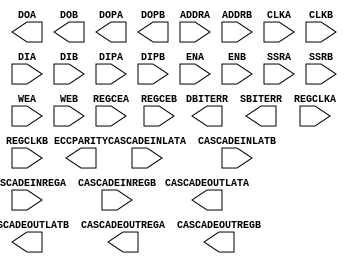
// $Header: /devl/xcs/repo/env/Databases/CAEInterfaces/xec_libs/data/unisims/ARAMB36_INTERNAL.v,v 1.3 2008/08/11 22:17:43 vandanad Exp $
///////////////////////////////////////////////////////////////////////////////
// Copyright (c) 1995/2006 Xilinx, Inc.
// All Right Reserved.
///////////////////////////////////////////////////////////////////////////////
//   ____  ____
//  /   /\/   /
// /___/  \  /    Vendor : Xilinx
// \   \   \/     Version : 8.2i
//  \   \         Description : This is not an user primitive.
//  /   /                  Xilinx Formal Verification Library Component 32K-Bit Data and 4K-Bit Parity Dual Port Block RAM.
// /___/   /\     Filename : ARAMB36_INTERNAL.v
// \   \  /  \    Timestamp : Thu Jun  8 14:38:01 PDT 2006
//  \___\/\___\
//
// Revision:
//    06/08/06 - Initial version.
// End Revision

`timescale 1 ps/1 ps

module ARAMB36_INTERNAL (CASCADEOUTLATA, CASCADEOUTLATB, CASCADEOUTREGA, CASCADEOUTREGB, DBITERR, DOA, DOB, DOPA, DOPB, ECCPARITY, SBITERR, 
			 ADDRA, ADDRB, CASCADEINLATA, CASCADEINLATB, CASCADEINREGA, CASCADEINREGB, CLKA, CLKB, DIA, DIB, DIPA, DIPB, ENA, ENB, REGCEA, REGCEB, REGCLKA, REGCLKB, SSRA, SSRB, WEA, WEB);

    parameter DOA_REG = 0;
    parameter DOB_REG = 0;
    parameter EN_ECC_READ = "FALSE";
    parameter EN_ECC_SCRUB = "FALSE";
    parameter EN_ECC_WRITE = "FALSE";
    parameter INIT_A = 72'h0;
    parameter INIT_B = 72'h0;
    parameter INIT_FILE = "NONE";
    parameter RAM_EXTENSION_A = "NONE";
    parameter RAM_EXTENSION_B = "NONE";
    parameter READ_WIDTH_A = 0;
    parameter READ_WIDTH_B = 0;
    parameter SETUP_ALL = 1000;
    parameter SETUP_READ_FIRST = 3000;
    parameter SIM_COLLISION_CHECK = "ALL";
    parameter SRVAL_A = 72'h0;
    parameter SRVAL_B = 72'h0;
    parameter WRITE_MODE_A = "WRITE_FIRST";
    parameter WRITE_MODE_B = "WRITE_FIRST";
    parameter WRITE_WIDTH_A = 0;
    parameter WRITE_WIDTH_B = 0;
    
    parameter INIT_00 = 256'h0000000000000000000000000000000000000000000000000000000000000000;
    parameter INIT_01 = 256'h0000000000000000000000000000000000000000000000000000000000000000;
    parameter INIT_02 = 256'h0000000000000000000000000000000000000000000000000000000000000000;
    parameter INIT_03 = 256'h0000000000000000000000000000000000000000000000000000000000000000;
    parameter INIT_04 = 256'h0000000000000000000000000000000000000000000000000000000000000000;
    parameter INIT_05 = 256'h0000000000000000000000000000000000000000000000000000000000000000;
    parameter INIT_06 = 256'h0000000000000000000000000000000000000000000000000000000000000000;
    parameter INIT_07 = 256'h0000000000000000000000000000000000000000000000000000000000000000;
    parameter INIT_08 = 256'h0000000000000000000000000000000000000000000000000000000000000000;
    parameter INIT_09 = 256'h0000000000000000000000000000000000000000000000000000000000000000;
    parameter INIT_0A = 256'h0000000000000000000000000000000000000000000000000000000000000000;
    parameter INIT_0B = 256'h0000000000000000000000000000000000000000000000000000000000000000;
    parameter INIT_0C = 256'h0000000000000000000000000000000000000000000000000000000000000000;
    parameter INIT_0D = 256'h0000000000000000000000000000000000000000000000000000000000000000;
    parameter INIT_0E = 256'h0000000000000000000000000000000000000000000000000000000000000000;
    parameter INIT_0F = 256'h0000000000000000000000000000000000000000000000000000000000000000;
    parameter INIT_10 = 256'h0000000000000000000000000000000000000000000000000000000000000000;
    parameter INIT_11 = 256'h0000000000000000000000000000000000000000000000000000000000000000;
    parameter INIT_12 = 256'h0000000000000000000000000000000000000000000000000000000000000000;
    parameter INIT_13 = 256'h0000000000000000000000000000000000000000000000000000000000000000;
    parameter INIT_14 = 256'h0000000000000000000000000000000000000000000000000000000000000000;
    parameter INIT_15 = 256'h0000000000000000000000000000000000000000000000000000000000000000;
    parameter INIT_16 = 256'h0000000000000000000000000000000000000000000000000000000000000000;
    parameter INIT_17 = 256'h0000000000000000000000000000000000000000000000000000000000000000;
    parameter INIT_18 = 256'h0000000000000000000000000000000000000000000000000000000000000000;
    parameter INIT_19 = 256'h0000000000000000000000000000000000000000000000000000000000000000;
    parameter INIT_1A = 256'h0000000000000000000000000000000000000000000000000000000000000000;
    parameter INIT_1B = 256'h0000000000000000000000000000000000000000000000000000000000000000;
    parameter INIT_1C = 256'h0000000000000000000000000000000000000000000000000000000000000000;
    parameter INIT_1D = 256'h0000000000000000000000000000000000000000000000000000000000000000;
    parameter INIT_1E = 256'h0000000000000000000000000000000000000000000000000000000000000000;
    parameter INIT_1F = 256'h0000000000000000000000000000000000000000000000000000000000000000;
    parameter INIT_20 = 256'h0000000000000000000000000000000000000000000000000000000000000000;
    parameter INIT_21 = 256'h0000000000000000000000000000000000000000000000000000000000000000;
    parameter INIT_22 = 256'h0000000000000000000000000000000000000000000000000000000000000000;
    parameter INIT_23 = 256'h0000000000000000000000000000000000000000000000000000000000000000;
    parameter INIT_24 = 256'h0000000000000000000000000000000000000000000000000000000000000000;
    parameter INIT_25 = 256'h0000000000000000000000000000000000000000000000000000000000000000;
    parameter INIT_26 = 256'h0000000000000000000000000000000000000000000000000000000000000000;
    parameter INIT_27 = 256'h0000000000000000000000000000000000000000000000000000000000000000;
    parameter INIT_28 = 256'h0000000000000000000000000000000000000000000000000000000000000000;
    parameter INIT_29 = 256'h0000000000000000000000000000000000000000000000000000000000000000;
    parameter INIT_2A = 256'h0000000000000000000000000000000000000000000000000000000000000000;
    parameter INIT_2B = 256'h0000000000000000000000000000000000000000000000000000000000000000;
    parameter INIT_2C = 256'h0000000000000000000000000000000000000000000000000000000000000000;
    parameter INIT_2D = 256'h0000000000000000000000000000000000000000000000000000000000000000;
    parameter INIT_2E = 256'h0000000000000000000000000000000000000000000000000000000000000000;
    parameter INIT_2F = 256'h0000000000000000000000000000000000000000000000000000000000000000;
    parameter INIT_30 = 256'h0000000000000000000000000000000000000000000000000000000000000000;
    parameter INIT_31 = 256'h0000000000000000000000000000000000000000000000000000000000000000;
    parameter INIT_32 = 256'h0000000000000000000000000000000000000000000000000000000000000000;
    parameter INIT_33 = 256'h0000000000000000000000000000000000000000000000000000000000000000;
    parameter INIT_34 = 256'h0000000000000000000000000000000000000000000000000000000000000000;
    parameter INIT_35 = 256'h0000000000000000000000000000000000000000000000000000000000000000;
    parameter INIT_36 = 256'h0000000000000000000000000000000000000000000000000000000000000000;
    parameter INIT_37 = 256'h0000000000000000000000000000000000000000000000000000000000000000;
    parameter INIT_38 = 256'h0000000000000000000000000000000000000000000000000000000000000000;
    parameter INIT_39 = 256'h0000000000000000000000000000000000000000000000000000000000000000;
    parameter INIT_3A = 256'h0000000000000000000000000000000000000000000000000000000000000000;
    parameter INIT_3B = 256'h0000000000000000000000000000000000000000000000000000000000000000;
    parameter INIT_3C = 256'h0000000000000000000000000000000000000000000000000000000000000000;
    parameter INIT_3D = 256'h0000000000000000000000000000000000000000000000000000000000000000;
    parameter INIT_3E = 256'h0000000000000000000000000000000000000000000000000000000000000000;
    parameter INIT_3F = 256'h0000000000000000000000000000000000000000000000000000000000000000;
    parameter INIT_40 = 256'h0000000000000000000000000000000000000000000000000000000000000000;
    parameter INIT_41 = 256'h0000000000000000000000000000000000000000000000000000000000000000;
    parameter INIT_42 = 256'h0000000000000000000000000000000000000000000000000000000000000000;
    parameter INIT_43 = 256'h0000000000000000000000000000000000000000000000000000000000000000;
    parameter INIT_44 = 256'h0000000000000000000000000000000000000000000000000000000000000000;
    parameter INIT_45 = 256'h0000000000000000000000000000000000000000000000000000000000000000;
    parameter INIT_46 = 256'h0000000000000000000000000000000000000000000000000000000000000000;
    parameter INIT_47 = 256'h0000000000000000000000000000000000000000000000000000000000000000;
    parameter INIT_48 = 256'h0000000000000000000000000000000000000000000000000000000000000000;
    parameter INIT_49 = 256'h0000000000000000000000000000000000000000000000000000000000000000;
    parameter INIT_4A = 256'h0000000000000000000000000000000000000000000000000000000000000000;
    parameter INIT_4B = 256'h0000000000000000000000000000000000000000000000000000000000000000;
    parameter INIT_4C = 256'h0000000000000000000000000000000000000000000000000000000000000000;
    parameter INIT_4D = 256'h0000000000000000000000000000000000000000000000000000000000000000;
    parameter INIT_4E = 256'h0000000000000000000000000000000000000000000000000000000000000000;
    parameter INIT_4F = 256'h0000000000000000000000000000000000000000000000000000000000000000;
    parameter INIT_50 = 256'h0000000000000000000000000000000000000000000000000000000000000000;
    parameter INIT_51 = 256'h0000000000000000000000000000000000000000000000000000000000000000;
    parameter INIT_52 = 256'h0000000000000000000000000000000000000000000000000000000000000000;
    parameter INIT_53 = 256'h0000000000000000000000000000000000000000000000000000000000000000;
    parameter INIT_54 = 256'h0000000000000000000000000000000000000000000000000000000000000000;
    parameter INIT_55 = 256'h0000000000000000000000000000000000000000000000000000000000000000;
    parameter INIT_56 = 256'h0000000000000000000000000000000000000000000000000000000000000000;
    parameter INIT_57 = 256'h0000000000000000000000000000000000000000000000000000000000000000;
    parameter INIT_58 = 256'h0000000000000000000000000000000000000000000000000000000000000000;
    parameter INIT_59 = 256'h0000000000000000000000000000000000000000000000000000000000000000;
    parameter INIT_5A = 256'h0000000000000000000000000000000000000000000000000000000000000000;
    parameter INIT_5B = 256'h0000000000000000000000000000000000000000000000000000000000000000;
    parameter INIT_5C = 256'h0000000000000000000000000000000000000000000000000000000000000000;
    parameter INIT_5D = 256'h0000000000000000000000000000000000000000000000000000000000000000;
    parameter INIT_5E = 256'h0000000000000000000000000000000000000000000000000000000000000000;
    parameter INIT_5F = 256'h0000000000000000000000000000000000000000000000000000000000000000;
    parameter INIT_60 = 256'h0000000000000000000000000000000000000000000000000000000000000000;
    parameter INIT_61 = 256'h0000000000000000000000000000000000000000000000000000000000000000;
    parameter INIT_62 = 256'h0000000000000000000000000000000000000000000000000000000000000000;
    parameter INIT_63 = 256'h0000000000000000000000000000000000000000000000000000000000000000;
    parameter INIT_64 = 256'h0000000000000000000000000000000000000000000000000000000000000000;
    parameter INIT_65 = 256'h0000000000000000000000000000000000000000000000000000000000000000;
    parameter INIT_66 = 256'h0000000000000000000000000000000000000000000000000000000000000000;
    parameter INIT_67 = 256'h0000000000000000000000000000000000000000000000000000000000000000;
    parameter INIT_68 = 256'h0000000000000000000000000000000000000000000000000000000000000000;
    parameter INIT_69 = 256'h0000000000000000000000000000000000000000000000000000000000000000;
    parameter INIT_6A = 256'h0000000000000000000000000000000000000000000000000000000000000000;
    parameter INIT_6B = 256'h0000000000000000000000000000000000000000000000000000000000000000;
    parameter INIT_6C = 256'h0000000000000000000000000000000000000000000000000000000000000000;
    parameter INIT_6D = 256'h0000000000000000000000000000000000000000000000000000000000000000;
    parameter INIT_6E = 256'h0000000000000000000000000000000000000000000000000000000000000000;
    parameter INIT_6F = 256'h0000000000000000000000000000000000000000000000000000000000000000;
    parameter INIT_70 = 256'h0000000000000000000000000000000000000000000000000000000000000000;
    parameter INIT_71 = 256'h0000000000000000000000000000000000000000000000000000000000000000;
    parameter INIT_72 = 256'h0000000000000000000000000000000000000000000000000000000000000000;
    parameter INIT_73 = 256'h0000000000000000000000000000000000000000000000000000000000000000;
    parameter INIT_74 = 256'h0000000000000000000000000000000000000000000000000000000000000000;
    parameter INIT_75 = 256'h0000000000000000000000000000000000000000000000000000000000000000;
    parameter INIT_76 = 256'h0000000000000000000000000000000000000000000000000000000000000000;
    parameter INIT_77 = 256'h0000000000000000000000000000000000000000000000000000000000000000;
    parameter INIT_78 = 256'h0000000000000000000000000000000000000000000000000000000000000000;
    parameter INIT_79 = 256'h0000000000000000000000000000000000000000000000000000000000000000;
    parameter INIT_7A = 256'h0000000000000000000000000000000000000000000000000000000000000000;
    parameter INIT_7B = 256'h0000000000000000000000000000000000000000000000000000000000000000;
    parameter INIT_7C = 256'h0000000000000000000000000000000000000000000000000000000000000000;
    parameter INIT_7D = 256'h0000000000000000000000000000000000000000000000000000000000000000;
    parameter INIT_7E = 256'h0000000000000000000000000000000000000000000000000000000000000000;
    parameter INIT_7F = 256'h0000000000000000000000000000000000000000000000000000000000000000;
    parameter INITP_00 = 256'h0000000000000000000000000000000000000000000000000000000000000000;
    parameter INITP_01 = 256'h0000000000000000000000000000000000000000000000000000000000000000;
    parameter INITP_02 = 256'h0000000000000000000000000000000000000000000000000000000000000000;
    parameter INITP_03 = 256'h0000000000000000000000000000000000000000000000000000000000000000;
    parameter INITP_04 = 256'h0000000000000000000000000000000000000000000000000000000000000000;
    parameter INITP_05 = 256'h0000000000000000000000000000000000000000000000000000000000000000;
    parameter INITP_06 = 256'h0000000000000000000000000000000000000000000000000000000000000000;
    parameter INITP_07 = 256'h0000000000000000000000000000000000000000000000000000000000000000;
    parameter INITP_08 = 256'h0000000000000000000000000000000000000000000000000000000000000000;
    parameter INITP_09 = 256'h0000000000000000000000000000000000000000000000000000000000000000;
    parameter INITP_0A = 256'h0000000000000000000000000000000000000000000000000000000000000000;
    parameter INITP_0B = 256'h0000000000000000000000000000000000000000000000000000000000000000;
    parameter INITP_0C = 256'h0000000000000000000000000000000000000000000000000000000000000000;
    parameter INITP_0D = 256'h0000000000000000000000000000000000000000000000000000000000000000;
    parameter INITP_0E = 256'h0000000000000000000000000000000000000000000000000000000000000000;
    parameter INITP_0F = 256'h0000000000000000000000000000000000000000000000000000000000000000;

    output CASCADEOUTLATA, CASCADEOUTREGA;
    output CASCADEOUTLATB, CASCADEOUTREGB;
    output SBITERR, DBITERR;
    output [63:0] DOA;
    output [31:0] DOB;
    output [7:0] DOPA;
    output [3:0] DOPB;
    output [7:0] ECCPARITY;
    
    input ENA, CLKA, REGCLKA, SSRA, CASCADEINLATA, CASCADEINREGA, REGCEA;
    input ENB, CLKB, REGCLKB, SSRB, CASCADEINLATB, CASCADEINREGB, REGCEB;
    input [15:0] ADDRA;
    input [15:0] ADDRB;
    input [63:0] DIA;
    input [63:0] DIB;
    input [3:0] DIPA;
    input [7:0] DIPB;
    input [7:0] WEA;
    input [7:0] WEB;

// xilinx_internal_parameter on
    // WARNING !!!: This model may not work properly if the following parameters are changed.
    parameter BRAM_MODE = "TRUE_DUAL_PORT";
    parameter BRAM_SIZE = 36;
// xilinx_internal_parameter off

endmodule // ARAMB36_INTERNAL